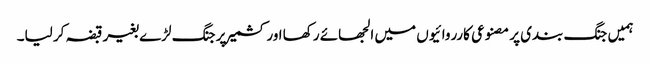
ہمیں جنگ بندی پر مصنوعی کارروائیوں میں الجھائے رکھا اور کشمیر پر جنگ لڑے بغیر قبضہ کر لیا۔